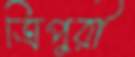
ত্রিপুরী